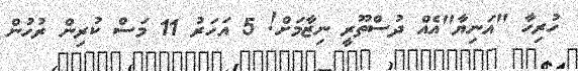
ހުރިހާ "އަނިޔާ"އެއް ދުސްތޫރީ ނިޒާމަށް! 5 އަހަރު 11 މަސް ކުރިން ރުހުން